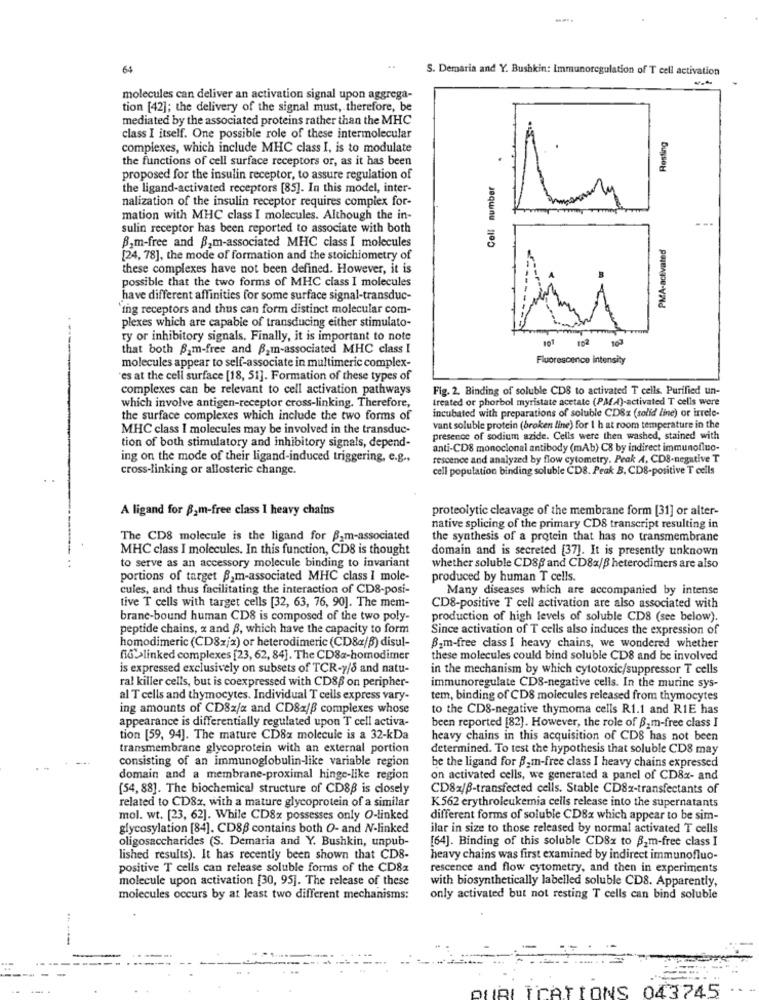
64
S. Demaria and Y. Bushkin: Immunoregulation of T cell activation
molecules can deliver an activation signal upon aggrega-
tion [42]; the delivery of the signal must, therefore, be
mediated by the associated proteins rather than the MHC
class I itself. One possible role of these intermolecular
Resting
complexes, which include MHC class I, is to modulate
the functions of cell surface receptors or, as it has been
Cell number
proposed for the insulin receptor, to assure regulation of
the ligand-activated receptors [85]. In this model, inter-
nalization of the insulin receptor requires complex for-
mation with MHC class I molecules. Although the in-
sulin receptor has been reported to associate with both
PMA-activated
B,m-free and B,m-associated MHC class I molecules
[24, 78], the mode of formation and the stoichiometry of
these complexes have not been defined. However, it is
possible that the two forms of MHC class I molecules
have different affinities for some surface signal-transduc-
`ing receptors and thus can form distinct molecular com-
plexes which are capable of transducing either stimulato-
ry or inhibitory signals. Finally, it is important to note
101
102
that both B_m-free and Bam-associated MHC class I
Fluorescence intensity
molecules appear to self-associate in multimeric complex-
"es at the cell surface [18, 51]. Formation of these types of
complexes can be relevant to cell activation pathways
Fig. 2. Binding of soluble CDS to activated T cells. Purified un-
which involve antigen-receptor cross-linking. Therefore,
treated or phorbol myristate acetate (PMMA)-activated T cells were
incubated with preparations of soluble CDSz (solid line) or irrele-
the surface complexes which include the two forms of
MHC class I molecules may be involved in the transduc-
vant soluble protein (broken line) for 1 h at room temperature in the
presence of sodium azide. Cells were then washed, stained with
tion of both stimulatory and inhibitory signals, depend-
anti-CD8 monoclonal antibody (mAb) C8 by indirect immunofluo-
ing on the mode of their ligand-induced triggering, e.g .,
rescence and analyzed by flow cytometry. Peak 4, CDS-negative T
cross-linking or allosteric change.
cell population binding soluble CD8. Peak B. CD8-positive T cells
A ligand for 82m-free class I heavy chains
proteolytic cleavage of the membrane form [31] or alter-
native splicing of the primary CD8 transcript resulting in
The CD8 molecule is the ligand for B.m-associated
the synthesis of a protein that has no transmembrane
MHC class I molecules. In this function, CD8 is thought
domain and is secreted [37]. It is presently unknown
to serve as an accessory molecule binding to invariant
whether soluble CD8, and CD8x/B heterodimers are also
portions of target B,m-associated MHC class I mole-
produced by human T cells.
cules, and thus facilitating the interaction of CD8-posi-
Many diseases which are accompanied by intense
tive T cells with target cells [32, 63, 76, 90]. The mem-
CD8-positive T cell activation are also associated with
brane-bound human CD8 is composed of the two poly-
production of high levels of soluble CDS (see below).
peptide chains, x and B, which have the capacity to form
Since activation of T cells also induces the expression of
homodimeric (CD8x/x) or heterodimeric (CD8«/B) disul-
Bom-free class I heavy chains, we wondered whether
fid>>linked complexes [23, 62, 84]. The CD8a-homodimer
these molecules could bind soluble CD8 and be involved
is expressed exclusively on subsets of TCR-y/8 and natu-
in the mechanism by which cytotoxic/suppressor T cells
ral killer cells, but is coexpressed with CD86 on peripher-
immunoregulate CDS-negative cells. In the murine sys-
al T cells and thymocytes. Individual T cells express vary-
tem, binding of CDS molecules released from thymocytes
ing amounts of CD8z/x and CD8x/B complexes whose
to the CDS-negative thymoma cells R1.1 and RIE has
appearance is differentially regulated upon T cell activa-
been reported [82]. However, the role of B2m-free class I
tion [59, 94]. The mature CD8x molecule is a 32-kDa
heavy chains in this acquisition of CDS has not been
transmembrane glycoprotein with an external portion
determined. To test the hypothesis that soluble CD8 may
consisting of an immunoglobulin-like variable region
be the ligand for Bom-free class I heavy chains expressed
domain and a membrane-proximal hinge-like region
on activated cells, we generated a panel of CD8x- and
(54, 88]. The biochemical structure of CD8B is closely
CD8x/B-transfected cells. Stable CD8x-transfectants of
related to CD8x, with a mature glycoprotein of a similar
K562 erythroleukemia cells release into the supernatants
mol. wt. [23, 62]. While CD8x possesses only O-linked
different forms of soluble CD8x which appear to be sim-
glycosylation [84]. CD88 contains both O- and N-linked
ilar in size to those released by normal activated T cells
oligosaccharides (S. Demaria and Y. Bushkin, unpub-
[64]. Binding of this soluble CD8x to B.m-free class I
lished results). It has recently been shown that CD8-
heavy chains was first examined by indirect immunofluo-
positive T cells can release soluble forms of the CD8z
rescence and flow cytometry, and then in experiments
molecule upon activation [30, 95]. The release of these
with biosynthetically labelled soluble CD8. Apparently,
molecules occurs by at least two different mechanisms:
only activated but not resting T cells can bind soluble
PUBLICATIONS 043745
- -